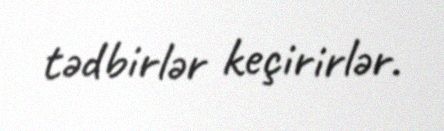
tədbirlər keçirirlər.